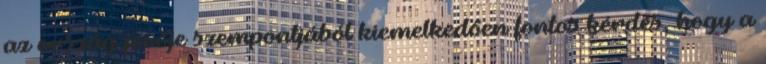
az ország jövője szempontjából kiemelkedően fontos kérdés, hogy a